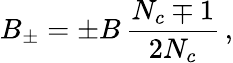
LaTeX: B_{\pm}=\pm B\, \frac{N_{c}\mp 1}{2N_{c}}\, ,